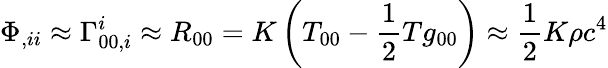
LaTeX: \Phi_{,ii}\approx\Gamma_{00,i}^{i}\approx R_{00}=K\left(T_{00}-{\frac{1}{2}}Tg_{00}\right)\approx{\frac{1}{2}}K\rho c^{4}